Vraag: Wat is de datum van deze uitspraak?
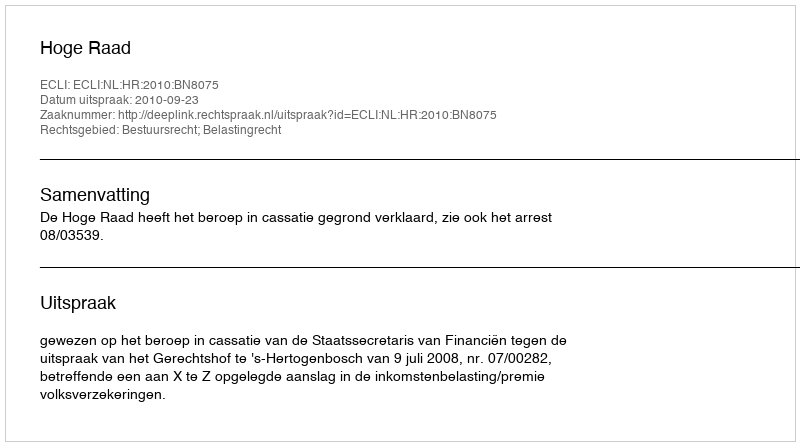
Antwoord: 2010-09-23